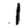
Digit: 1